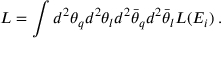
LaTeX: L = \int d ^ { 2 } \theta _ { q } d ^ { 2 } \theta _ { l } d ^ { 2 } \bar { \theta } _ { q } d ^ { 2 } \bar { \theta } _ { l } L ( E _ { i } ) \; .